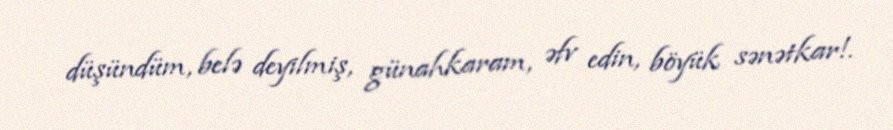
düşündüm, belə deyilmiş, günahkaram, əfv edin, böyük sənətkar!.